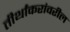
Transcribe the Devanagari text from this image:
तीर्थांकरांवरील